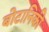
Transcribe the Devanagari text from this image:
बोटानिकी